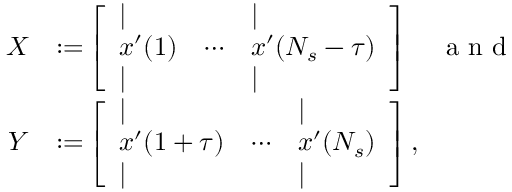
\begin{array} { r l } { X } & { { } { : = } \left[ \begin{array} { l l l } { \vert } & { } & { \vert } \\ { x ^ { \prime } ( 1 ) } & { \cdots } & { x ^ { \prime } ( N _ { s } - \tau ) } \\ { \vert } & { } & { \vert } \end{array} \right] \quad \mathrm { ~ a ~ n ~ d ~ } } \\ { Y } & { { } { : = } \left[ \begin{array} { l l l } { \vert } & { } & { \vert } \\ { x ^ { \prime } ( 1 + \tau ) } & { \cdots } & { x ^ { \prime } ( N _ { s } ) } \\ { \vert } & { } & { \vert } \end{array} \right] , } \end{array}